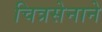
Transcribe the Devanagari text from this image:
चित्रसेनाने